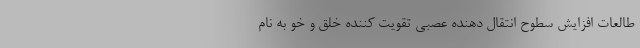
طالعات افزایش سطوح انتقال دهنده عصبی تقویت کننده خلق و خو به نام